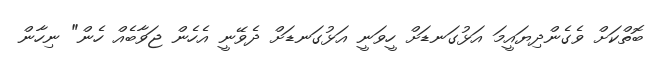
ބޮތްކަށް ވެގެންދިޔައީމަ އަޅުގަނޑަށް ހީވަނީ އަޅުގަނޑަށް ދެވޭނީ އެހެން ޖަވާބެއް ހެން" ނިހާން